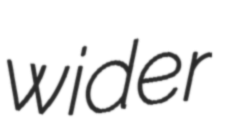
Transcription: wider